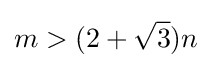
m>(2+{\sqrt {3}})n